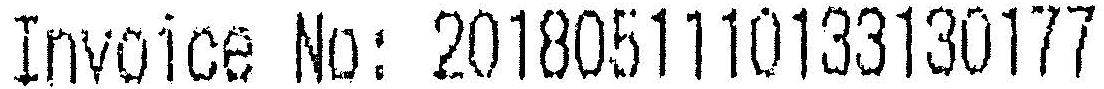
INVOICE NO: 2018051110133130177